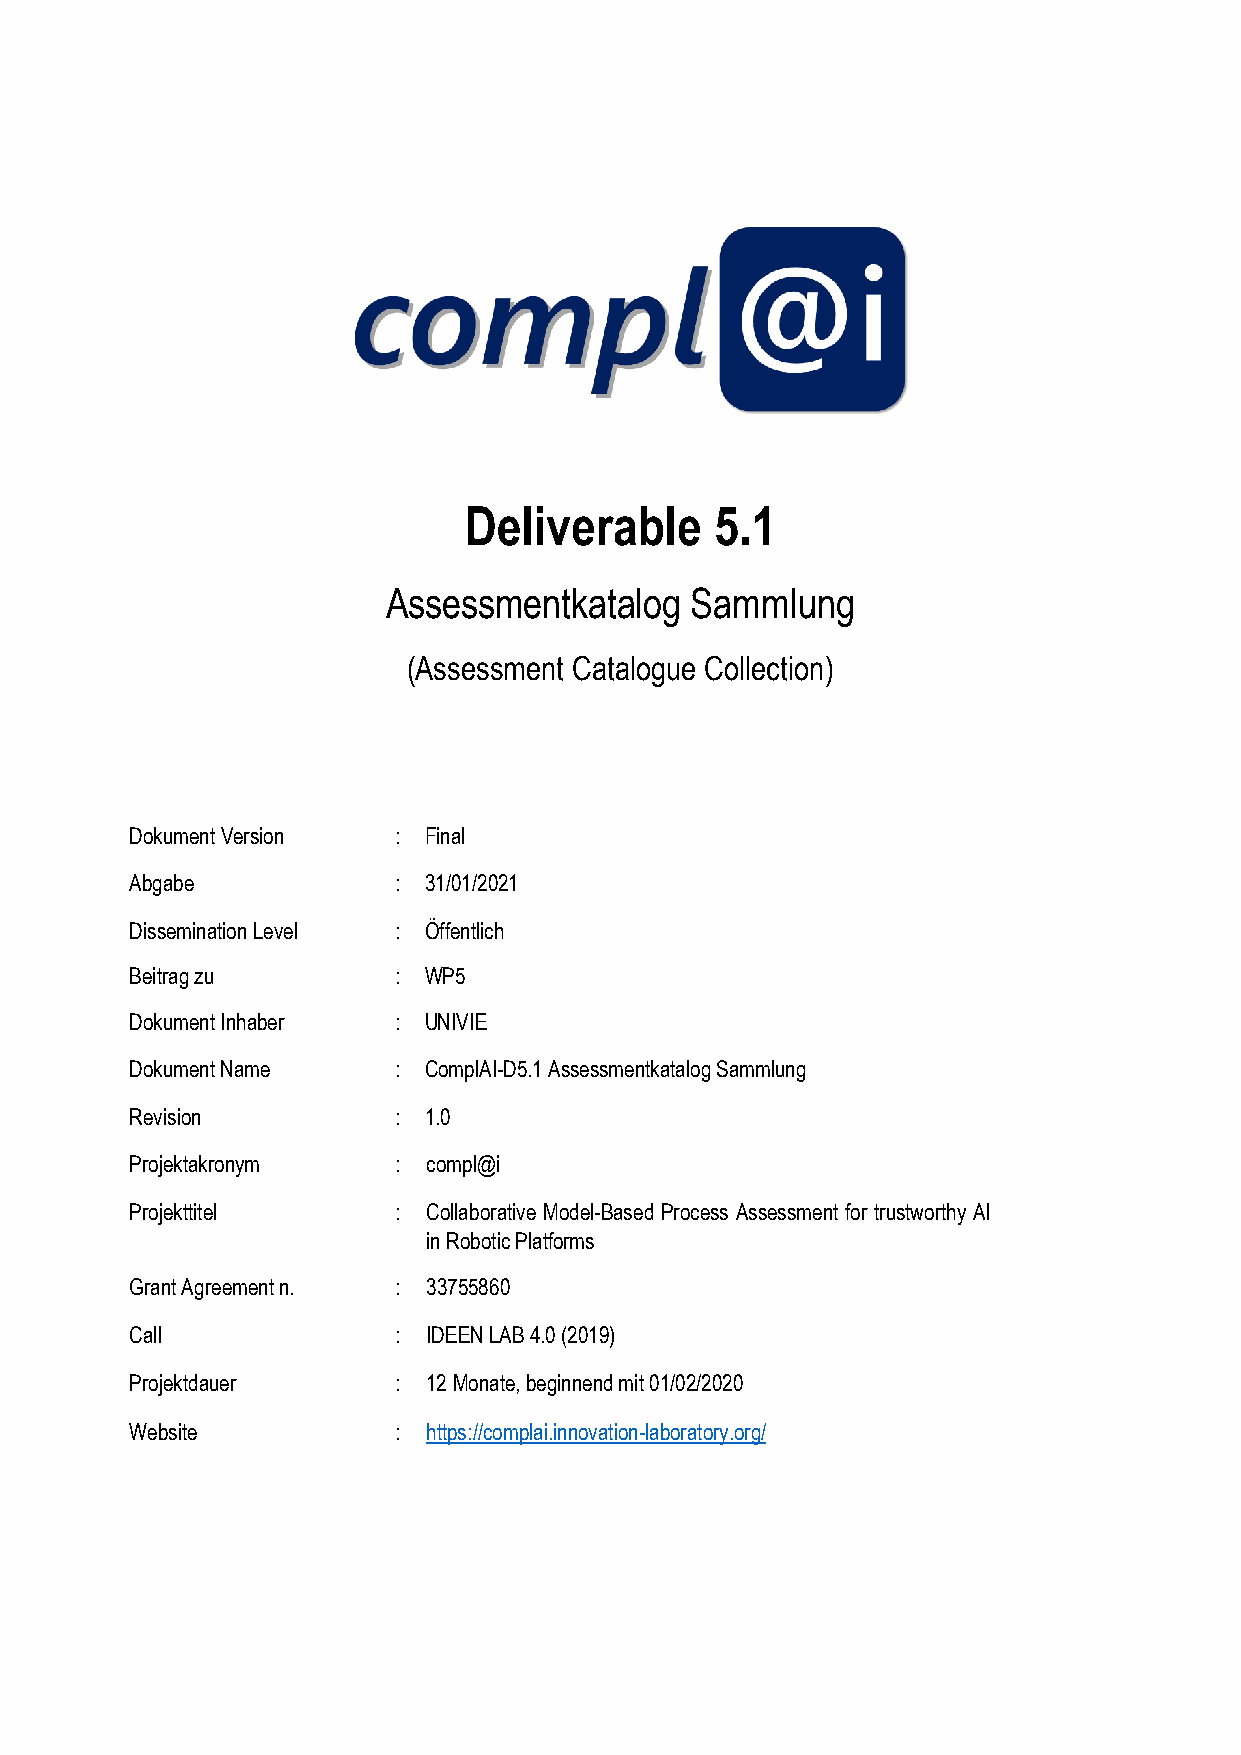
Deliverable     5.1
 Assessmentkatalog   Sammlung
 (Assessment Catalogue Collection)
 Dokument Version : Final
 Abgabe           : 31/01/2021
 Dissemination Level : Öffentlich
 Beitrag zu       : WP5
 Dokument Inhaber : UNIVIE
 Dokument Name    : ComplAI-D5.1 Assessmentkatalog Sammlung
 Revision         : 1.0
 Projektakronym   : compl@i
 Projekttitel     : Collaborative Model-Based Process Assessment for trustworthy AI
 in Robotic Platforms
 Grant Agreement n. : 33755860
 Call             : IDEEN LAB 4.0 (2019)
 Projektdauer     : 12 Monate, beginnend mit 01/02/2020
 Website          : https://complai.innovation-laboratory.org/